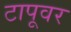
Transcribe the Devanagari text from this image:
टापूवर